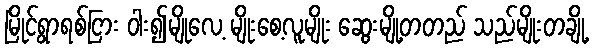
မြိုင်ရွာရစ်ငြား ဝါး၍မျိုလေ့ မျိုးစေ့လူမျိုး ဆွေးမျို့တတည် သည်မျိုးတချို့